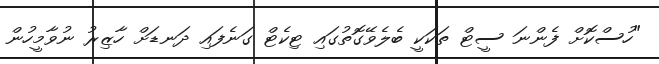
"ހުސްކޮށް ފެންނަ ސީޓް ތަކަކީ ބެލެވޭގޮތުގައި ޓިކެޓް ގަނެފައި ދަނޑަށް ހާޒިރު ނުވާމީހުން